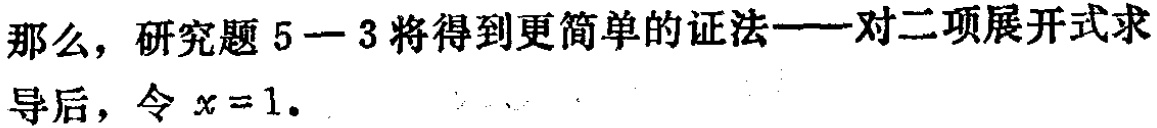
那么，研究题 5 - 3 将得到更简单的证法——对二项展开式求导后，令 \(x = 1\)。